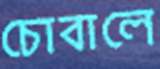
চোবালে